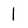
Character: 1